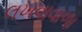
લખવાવાળા